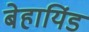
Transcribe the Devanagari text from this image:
बेहायिंड